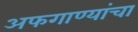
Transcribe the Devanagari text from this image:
अफगाण्यांचा